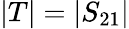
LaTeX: |T|=|S_{21}|